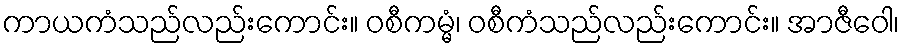
ကာယကံသည်လည်းကောင်း။ ဝစီကမ္မံ၊ ဝစီကံသည်လည်းကောင်း။ အာဇီဝေါ၊